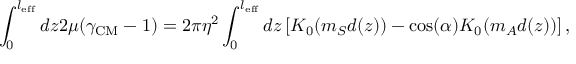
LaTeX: \int _ { 0 } ^ { l _ { \mathrm { e f f } } } d z 2 \mu ( \gamma _ { \mathrm { C M } } - 1 ) = 2 \pi \eta ^ { 2 } \int _ { 0 } ^ { l _ { \mathrm { e f f } } } d z \left[ K _ { 0 } ( m _ { S } d ( z ) ) - \cos ( \alpha ) K _ { 0 } ( m _ { A } d ( z ) ) \right] ,